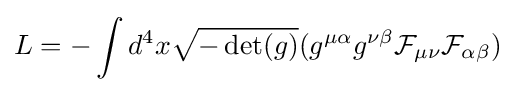
L=-\int d^{4}x{\sqrt {-\det(g)}}(g^{\mu \alpha }g^{\nu \beta }{\mathcal {F}}_{\mu \nu }{\mathcal {F}}_{\alpha \beta })